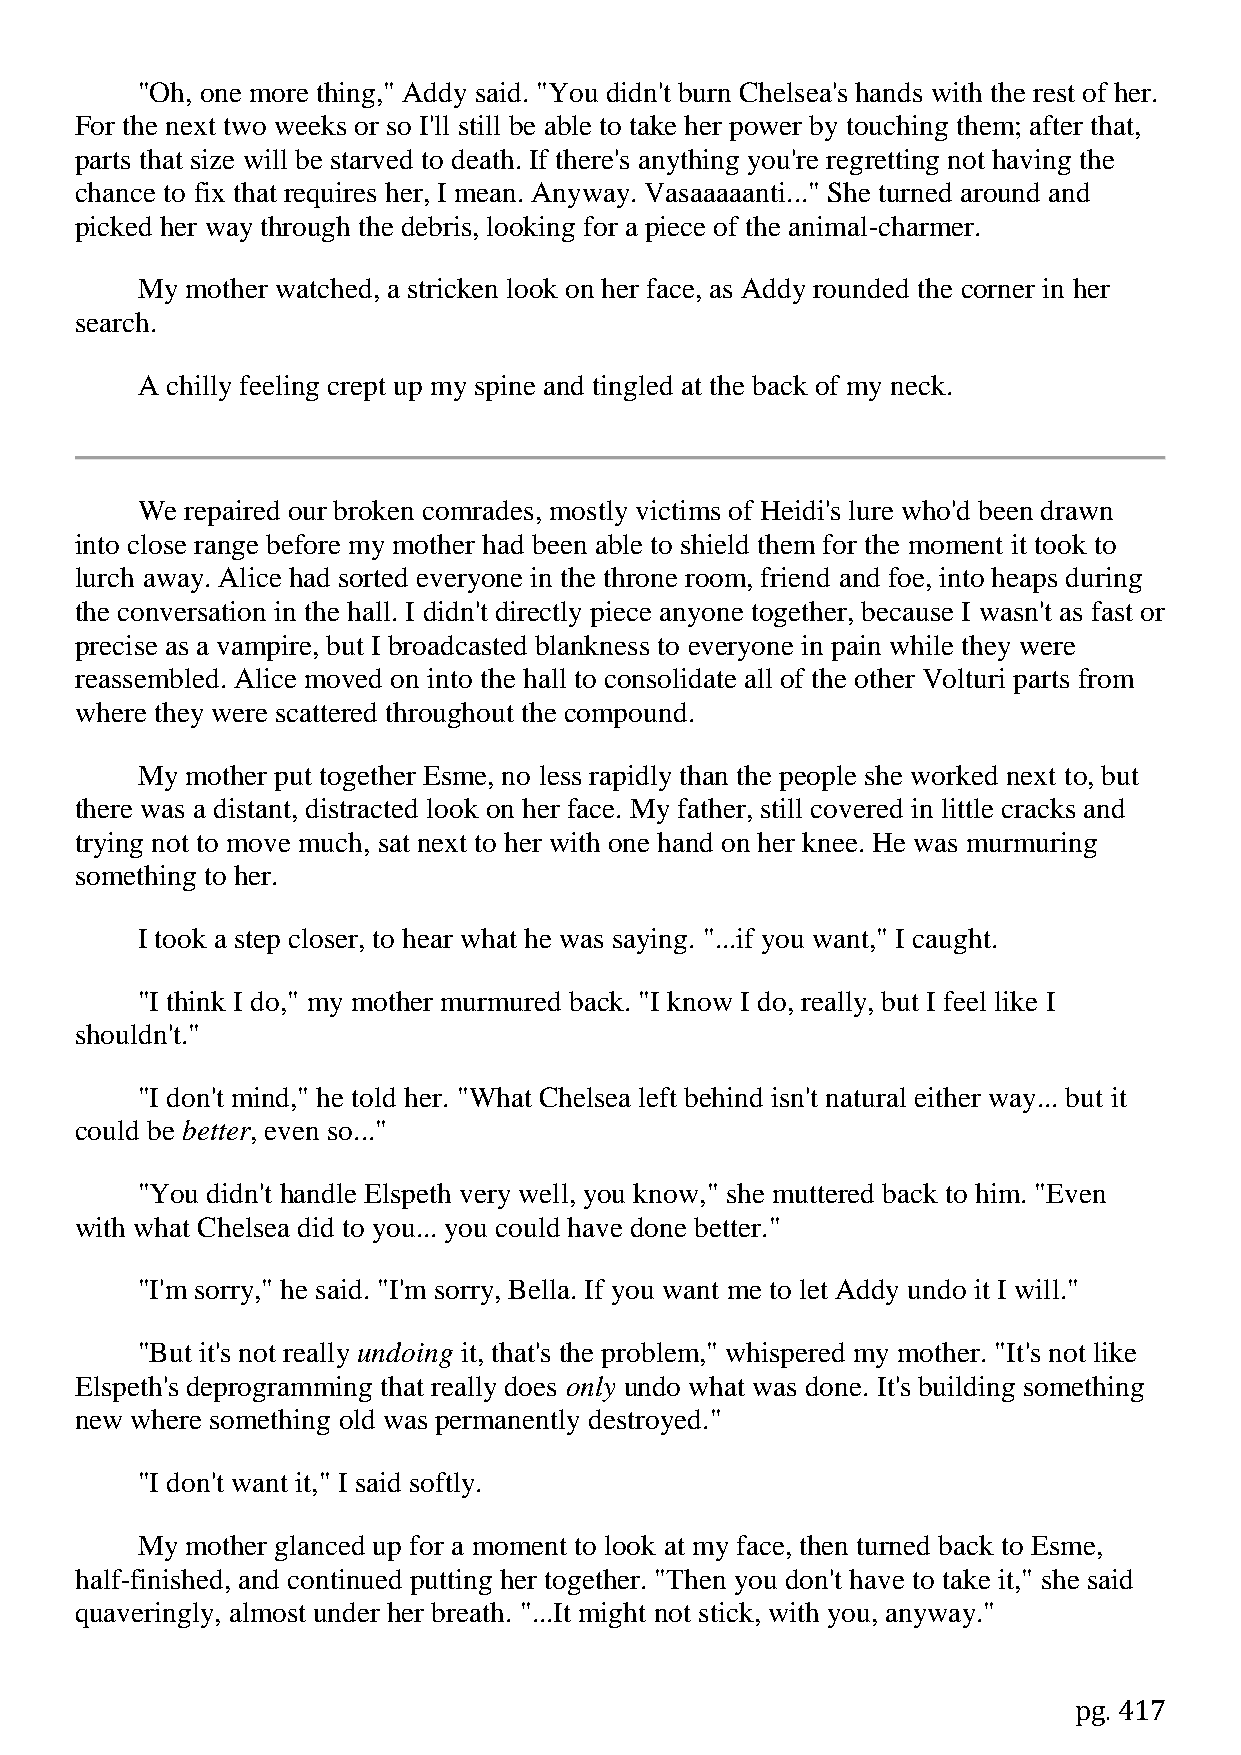
"Oh, one more thing," Addy said. "You didn't burn Chelsea's hands with the rest of her.
 For the next two weeks or so I'll still be able to take her power by touching them; after that,
 parts that size will be starved to death. If there's anything you're regretting not having the
 chance to fix that requires her, I mean. Anyway. Vasaaaaanti..." She turned around and
 picked her way through the debris, looking for a piece of the animal-charmer.
 My mother watched, a stricken look on her face, as Addy rounded the corner in her
 search.
 A chilly feeling crept up my spine and tingled at the back of my neck.
 We repaired our broken comrades, mostly victims of Heidi's lure who'd been drawn
 into close range before my mother had been able to shield them for the moment it took to
 lurch away. Alice had sorted everyone in the throne room, friend and foe, into heaps during
 the conversation in the hall. I didn't directly piece anyone together, because I wasn't as fast or
 precise as a vampire, but I broadcasted blankness to everyone in pain while they were
 reassembled. Alice moved on into the hall to consolidate all of the other Volturi parts from
 where they were scattered throughout the compound.
 My mother put together Esme, no less rapidly than the people she worked next to, but
 there was a distant, distracted look on her face. My father, still covered in little cracks and
 trying not to move much, sat next to her with one hand on her knee. He was murmuring
 something to her.
 I took a step closer, to hear what he was saying. "...if you want," I caught.
 "I think I do," my mother murmured back. "I know I do, really, but I feel like I
 shouldn't."
 "I don't mind," he told her. "What Chelsea left behind isn't natural either way... but it
 could be better, even so..."
 "You didn't handle Elspeth very well, you know," she muttered back to him. "Even
 with what Chelsea did to you... you could have done better."
 "I'm sorry," he said. "I'm sorry, Bella. If you want me to let Addy undo it I will."
 "But it's not really undoing it, that's the problem," whispered my mother. "It's not like
 Elspeth's deprogramming that really does only undo what was done. It's building something
 new where something old was permanently destroyed."
 "I don't want it," I said softly.
 My mother glanced up for a moment to look at my face, then turned back to Esme,
 half-finished, and continued putting her together. "Then you don't have to take it," she said
 quaveringly, almost under her breath. "...It might not stick, with you, anyway."
 pg. 417